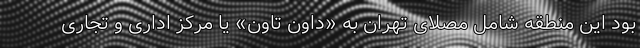
بود این منطقه شامل مصلای تهران به «داون تاون» یا مرکز اداری و تجاری